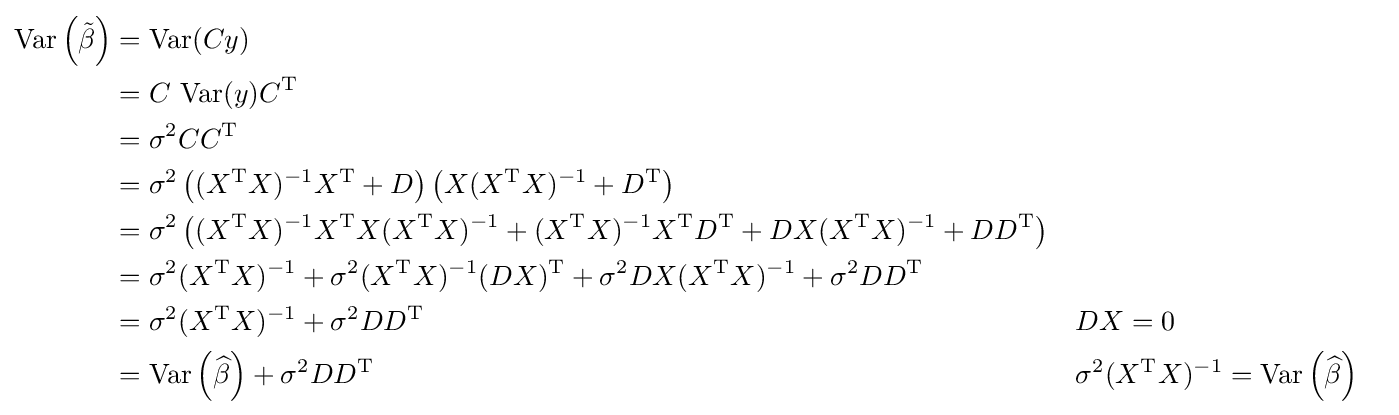
{\begin{aligned}\operatorname {Var} \left({\tilde {\beta }}\right)&=\operatorname {Var} (Cy)\\&=C{\text{ Var}}(y)C^{\operatorname {T} }\\&=\sigma ^{2}CC^{\operatorname {T} }\\&=\sigma ^{2}\left((X^{\operatorname {T} }X)^{-1}X^{\operatorname {T} }+D\right)\left(X(X^{\operatorname {T} }X)^{-1}+D^{\operatorname {T} }\right)\\&=\sigma ^{2}\left((X^{\operatorname {T} }X)^{-1}X^{\operatorname {T} }X(X^{\operatorname {T} }X)^{-1}+(X^{\operatorname {T} }X)^{-1}X^{\operatorname {T} }D^{\operatorname {T} }+DX(X^{\operatorname {T} }X)^{-1}+DD^{\operatorname {T} }\right)\\&=\sigma ^{2}(X^{\operatorname {T} }X)^{-1}+\sigma ^{2}(X^{\operatorname {T} }X)^{-1}(DX)^{\operatorname {T} }+\sigma ^{2}DX(X^{\operatorname {T} }X)^{-1}+\sigma ^{2}DD^{\operatorname {T} }\\&=\sigma ^{2}(X^{\operatorname {T} }X)^{-1}+\sigma ^{2}DD^{\operatorname {T} }&&DX=0\\&=\operatorname {Var} \left({\widehat {\beta }}\right)+\sigma ^{2}DD^{\operatorname {T} }&&\sigma ^{2}(X^{\operatorname {T} }X)^{-1}=\operatorname {Var} \left({\widehat {\beta }}\right)\end{aligned}}